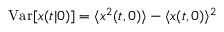
\mathrm { V a r } [ x ( t | 0 ) ] = \langle x ^ { 2 } ( t , 0 ) \rangle - \langle x ( t , 0 ) \rangle ^ { 2 }